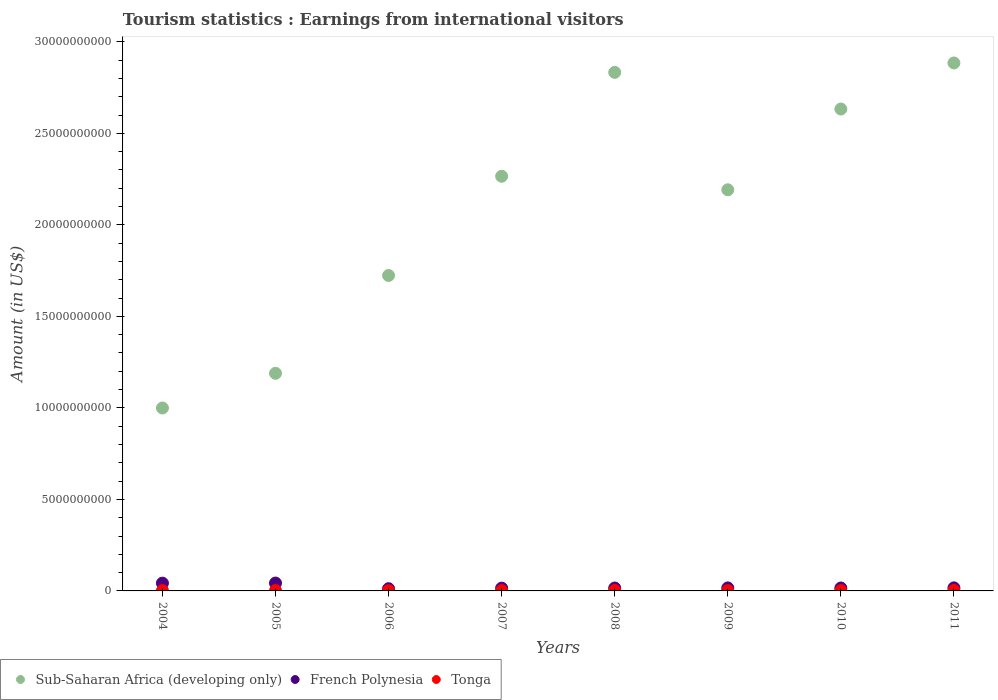
| Years | Sub-Saharan Africa (developing only) | French Polynesia | Tonga |
 | --- | --- | --- | --- |
 | 2004 | 9.99e+09 | 4.25e+08 | 1.62e+07 |
 | 2005 | 1.19e+10 | 4.3e+08 | 1.6e+07 |
 | 2006 | 1.72e+10 | 1.22e+08 | 1.5e+07 |
 | 2007 | 2.27e+10 | 1.53e+08 | 1.73e+07 |
 | 2008 | 2.83e+10 | 1.59e+08 | 2.51e+07 |
 | 2009 | 2.19e+10 | 1.64e+08 | 1.91e+07 |
 | 2010 | 2.63e+10 | 1.6e+08 | 2.04e+07 |
 | 2011 | 2.88e+10 | 1.68e+08 | 2.78e+07 |